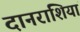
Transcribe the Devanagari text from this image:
दानराशियां